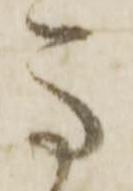
馬